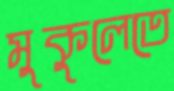
মুকুলেতে